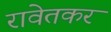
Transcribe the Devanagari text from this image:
रावेतकर